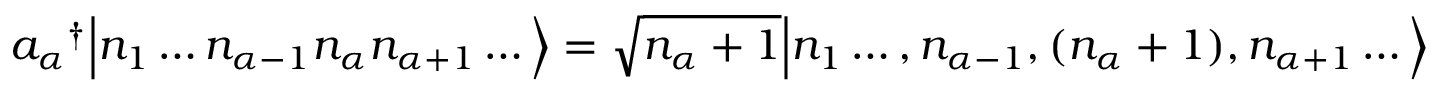
{ a _ { \alpha } } ^ { \dagger } { \Big | } n _ { 1 } \ldots n _ { \alpha - 1 } n _ { \alpha } n _ { \alpha + 1 } \ldots { \Big \rangle } = { \sqrt { n _ { \alpha } + 1 } } { \Big | } n _ { 1 } \ldots , n _ { \alpha - 1 } , ( n _ { \alpha } + 1 ) , n _ { \alpha + 1 } \ldots { \Big \rangle }